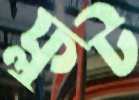
ফ্লুট